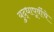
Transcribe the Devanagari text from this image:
युद्धापूर्वीचे